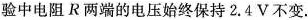
验中电阻R两端的电压始终保持2.4V不变。